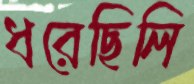
ধরেছিলি